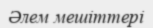
Әлем мешіттері